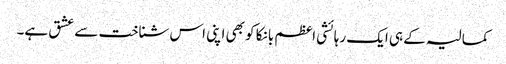
کمالیہ کے ہی ایک رہائشی اعظم بانکا کو بھی اپنی اس شناخت سے عشق ہے۔